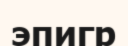
эпигр